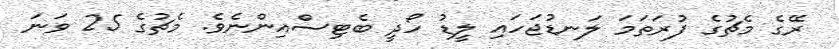
ރޭގެ މެޗުގެ ފުރަތަމަ ލަނޑުޖަހައި ލީޑު ހޯދީ ބެޓިސްއިންނެވެ. މެޗުގެ 25 ވަނަ